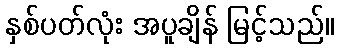
နှစ်ပတ်လုံး အပူချိန် မြင့်သည်။